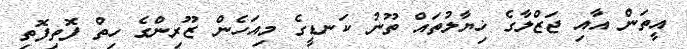
އީތަން އާއި ޖަޒްލާގެ ޚިޔާލުތައް ތޫނު ކަނޑީގެ މިއަހެން ޒޫރިންގެ ހިތް ފޮތިފޮތި